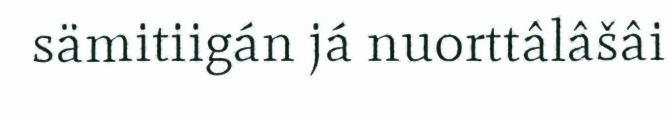
sämitiigán já nuorttâlâšâi